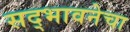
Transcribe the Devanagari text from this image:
सद्भावनेचा